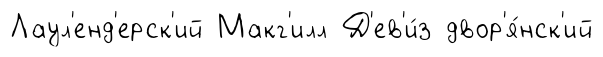
Лаул'енд'ерск'ий Макг'илл Д'ев'и́з двор'я́нск'ий